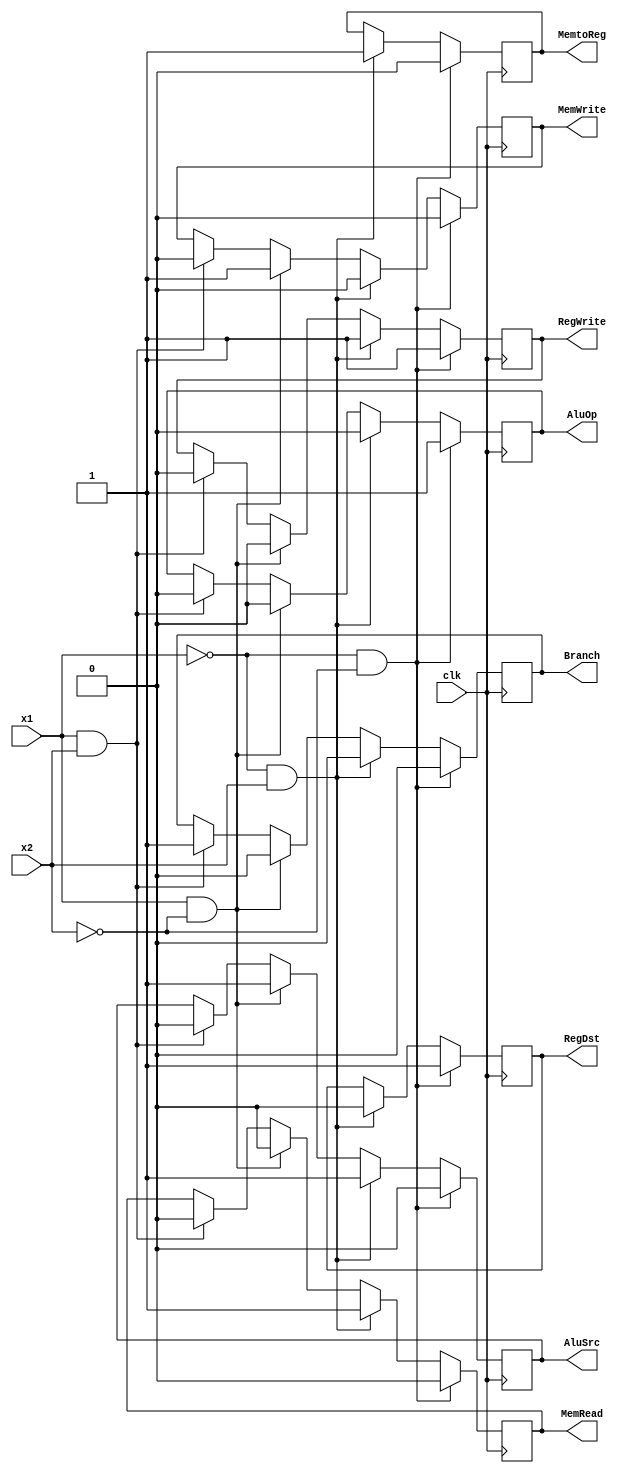
`timescale 1ns / 1ps
//////////////////////////////////////////////////////////////////////////////////
// Company: 
// Engineer: 
// 
// Design Name: 
// Module Name:    controller 
// Project Name: 
// Target Devices: 
// Tool versions: 
// Description: 
//
// Dependencies: 
//
// Revision: 
// Revision 0.01 - File Created
// Additional Comments: 
//
//////////////////////////////////////////////////////////////////////////////////
module controller(
	input clk,
	input x1,
	input x2,
	output reg RegDst,
	output reg RegWrite,
	output reg AluSrc,
	output reg Branch,
	output reg MemRead,
	output reg MemWrite,
	output reg MemtoReg,
	output reg AluOp
    );
  
	always@(posedge clk)begin
		if(x1 == 0 & x2 == 0) begin
			RegDst <= 1'd1;
			RegWrite <= 1'd1;
			AluSrc <= 1'd0;
			Branch <= 1'd0;
			MemRead <= 1'd0;
			MemWrite <= 1'd0;
			MemtoReg <= 1'd0;
			AluOp <= 1'd1;
		end
		else if(x1 == 0 & x2 == 1) begin
			RegDst <= 1'd0;
			RegWrite <= 1'd1;
			AluSrc <= 1'd1;
			Branch <= 1'd0;
			MemRead <= 1'd1;
			MemWrite <= 1'd0;
			MemtoReg <= 1'd1;
			AluOp <= 1'd0;
		end
		else if(x1 == 1 & x2 == 0) begin
			RegWrite <= 1'd0;
			AluSrc <= 1'd1;
			Branch <= 1'd0;
			MemRead <= 1'd0;
			MemWrite <= 1'd1;
			AluOp <= 1'd0;
		end
		else if(x1 == 1 & x2 == 1) begin
			RegWrite <= 1'd0;
			AluSrc <= 1'd0;
			Branch <= 1'd1;
			MemRead <= 1'd0;
			MemWrite <= 1'd0;
			AluOp <= 1'd0;
		end
	end
endmodule